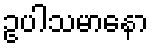
ဥပါသမာနော